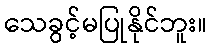
သေခွင့်မပြုနိုင်ဘူး။